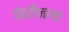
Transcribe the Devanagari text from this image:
पंढरीनाथा